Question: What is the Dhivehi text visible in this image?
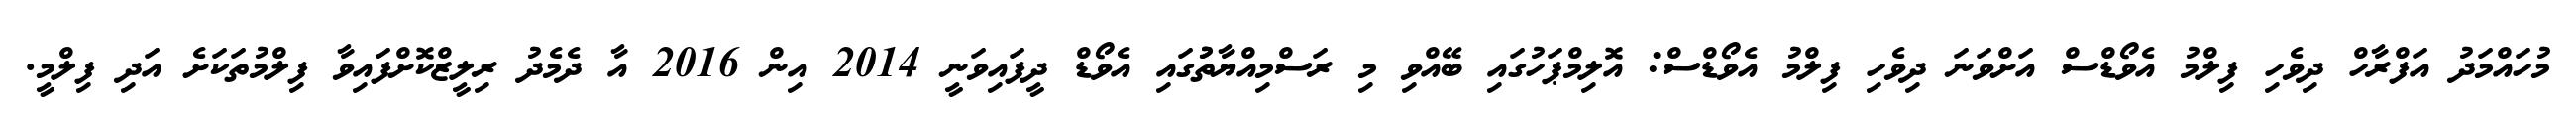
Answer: މުހައްމަދު އަފްރާހް ދިވެހި ފިލްމު އެވޯޑްސް އަށްވަނަ ދިވެހި ފިލްމު އެވޯޑްސް: އޮލިމްޕަހުގައި ބޭއްވި މި ރަސްމިއްޔާތުުގައި އެވޯޑް ދީފައިވަނީ 2014 އިން 2016 އާ ދެމެދު ރިލީޒްކޮށްފައިވާ ފިލްމުތަކަށެ އަދި ފިލްމީ.